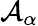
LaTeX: \mathcal{A}_{\alpha}